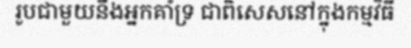
រូបជាមួយនឹងអ្នកគាំទ្រ ជាពិសេសនៅក្នុងកម្មវិធី